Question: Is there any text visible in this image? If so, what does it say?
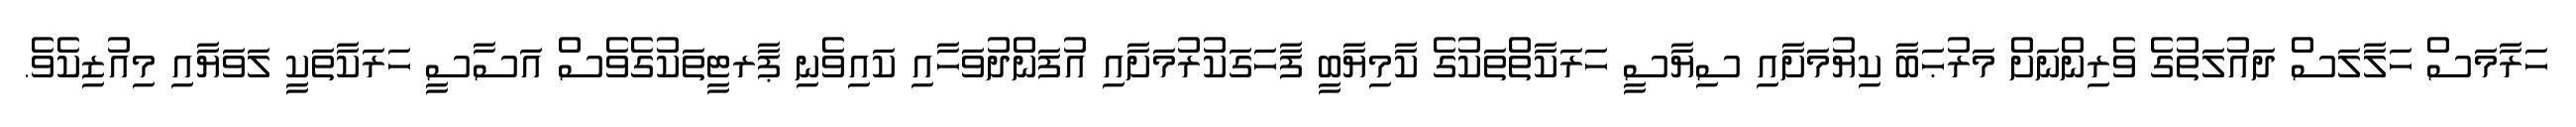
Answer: ހަރާމަސް ހަލާލަސް ދައުލަތުގެ ވެރިންނަށް މަރުޙަބާ ކިޔުމަށާއި ސިޔާސީ ހަރަކާތްތަކުގެ ކާމިޔާބީ ފާހަގަކުރުމަށާއި އުފަންދުވަހާއި ކައިވެނި ޕާރޓީތަކުގެވެސް އަސާސީ ހަރަކާތަކީ ލަވަޔާއި މިއުޒިކެވެ.